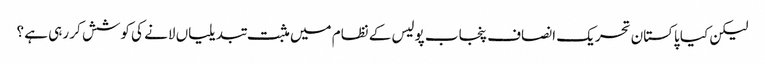
لیکن کیا پاکستان تحریک انصاف پنجاب پولیس کے نظام میں مثبت تبدیلیاں لانے کی کوشش کر رہی ہے ؟